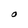
Character: O